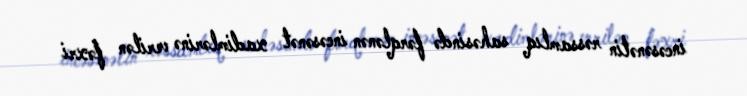
incəsənətin rəssamlıq sahəsində fərqlənən incəsənət xadimlərinə verilən fəxri